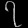
Digit: ၇